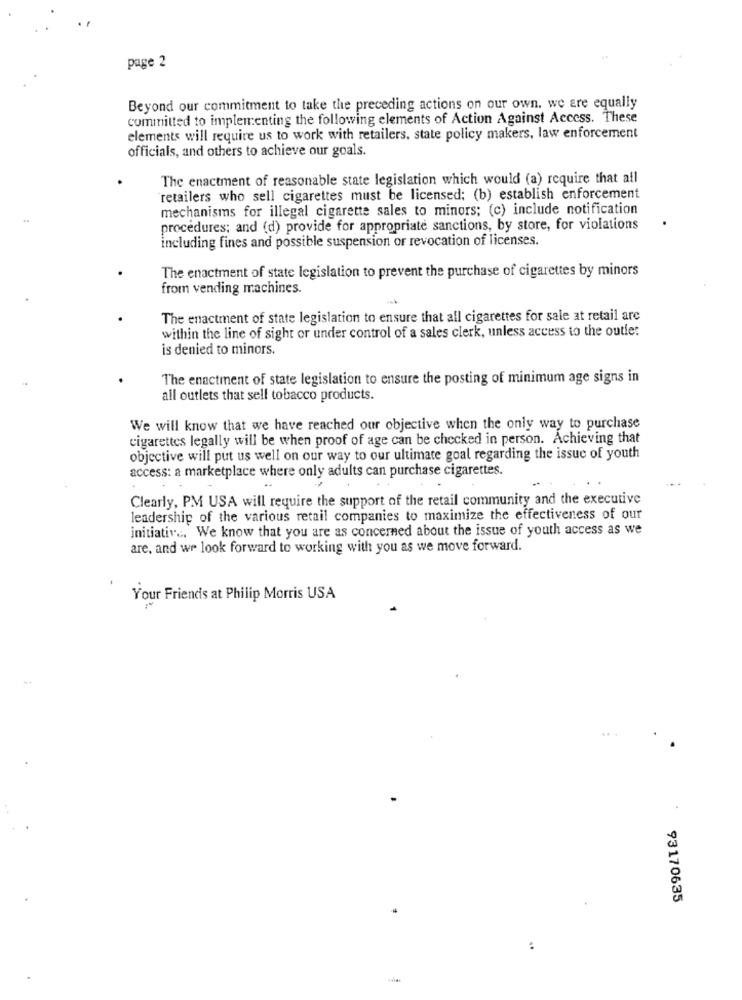
page 2
Beyond our commitment to take the preceding actions on our own. we are equally
committed to implementing the following elements of Action Against Access. These
elements will require us to work with retailers, state policy makers, law enforcement
officials, and others to achieve our goals.
The enactment of reasonable state legislation which would (a) require that all
retailers who sell cigarettes must be licensed; (b) establish enforcement
mechanisms for illegal cigarette sales to minors; (c) include notification
procedures; and (d) provide for appropriate sanctions, by store, for violations
including fines and possible suspension or revocation of licenses.
The enactment of state legislation to prevent the purchase of cigarettes by minors
from vending machines.
The enactment of state legislation to ensure that all cigarettes for sale at retail are
within the line of sight or under control of a sales clerk, unless access to the outlet
is denied to minors.
The enactment of state legislation to ensure the posting of minimum age signs in
all outlets that sell tobacco products.
We will know that we have reached our objective when the only way to purchase
cigarettes legally will be when proof of age can be checked in person. Achieving that
objective will put us well on our way to our ultimate goal regarding the issue of youth
access: a marketplace where only adults can purchase cigarettes.
Clearly, PM USA will require the support of the retail community and the executive
leadership of the various retail companies to maximize the effectiveness of our
initiativ .. We know that you are as concerned about the issue of youth access as we
are, and we look forward to working with you as we move forward.
Your Friends at Philip Morris USA
93170635